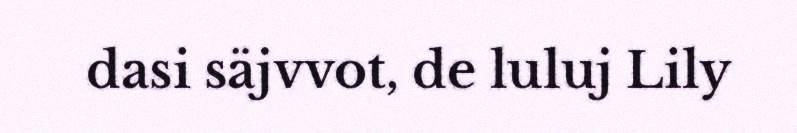
dasi säjvvot, de luluj Lily